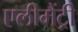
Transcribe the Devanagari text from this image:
एलीमैंट्री